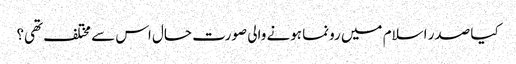
کیا صدر اسلام میں رونما ہونے والی صورت حال اس سے مختلف تھی؟